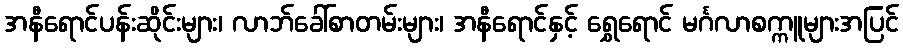
အနီရောင်ပန်းဆိုင်းများ၊ လာဘ်ခေါ်စာတမ်းများ၊ အနီရောင်နှင့် ရွှေရောင် မင်္ဂလာစက္ကူများအပြင်